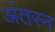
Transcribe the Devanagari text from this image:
अंतरन